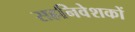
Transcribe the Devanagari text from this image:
सहनिवेशकों